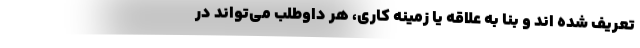
تعریف شده اند و بنا به علاقه یا زمینه کاری، هر داوطلب می‌تواند در